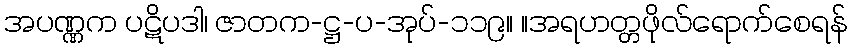
အပဏ္ဏက ပဋိပဒါ၊ ဇာတက-ဋ္ဌ-ပ-အုပ်-၁၁၉။ ။အရဟတ္တဖိုလ်ရောက်စေရန်